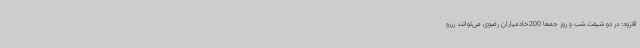
افزود: در دو شیفت شب و روز جمعاً 200خادمیاران رضوی می‌توانند رزرو